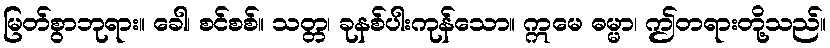
မြတ်စွာဘုရား။ ခေါ၊ စင်စစ်။ သတ္တ၊ ခုနစ်ပါးကုန်သော။ ဣမေ ဓမ္မာ၊ ဤတရားတို့သည်။